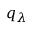
q _ { \lambda }